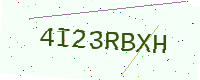
Text: 4I23RBXH